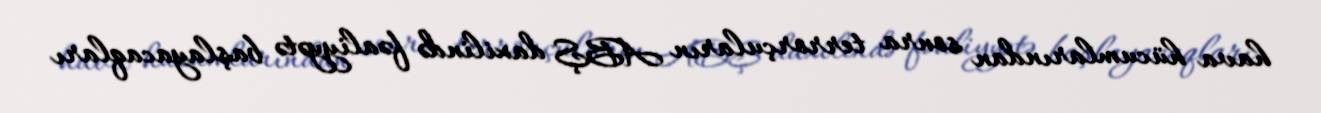
hava hücumlarından sonra terrorçuların ABŞ daxilində fəaliyyətə başlayacaqları